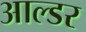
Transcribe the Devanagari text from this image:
आल्डर